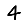
Digit: 4